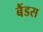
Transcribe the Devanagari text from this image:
बैंडस